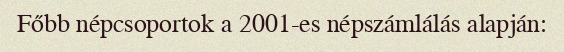
Főbb népcsoportok a 2001-es népszámlálás alapján: